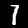
Digit: 7